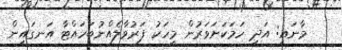
މާނައީ: އަދި ހަމަކަށަވަރުން މީހަކު ފަރުވާލެއްނުބަހައްޓާ އަނގައިން